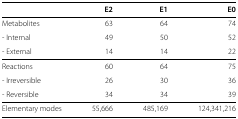
<table><thead><tr><td><b> </b></td><td><b>E2</b></td><td><b>E1</b></td><td><b>E0</b></td></tr></thead><tbody><tr><td>Metabolites</td><td>63</td><td>64</td><td>74</td></tr><tr><td>- Internal</td><td>49</td><td>50</td><td>52</td></tr><tr><td>- External</td><td>14</td><td>14</td><td>22</td></tr><tr><td>Reactions</td><td>60</td><td>64</td><td>75</td></tr><tr><td>- Irreversible</td><td>26</td><td>30</td><td>36</td></tr><tr><td>- Reversible</td><td>34</td><td>34</td><td>39</td></tr><tr><td>Elementary modes</td><td>55,666</td><td>485,169</td><td>124,341,216</td></tr></tbody></table>